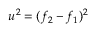
u ^ { 2 } = ( f _ { 2 } - f _ { 1 } ) ^ { 2 }